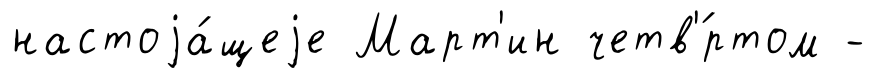
настоjа́щеjе Март'ин четв'́ртом -